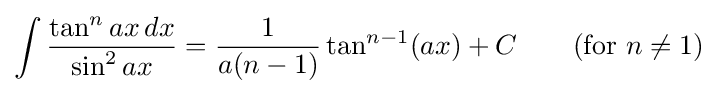
\int {\frac {\tan ^{n}ax\,dx}{\sin ^{2}ax}}={\frac {1}{a(n-1)}}\tan ^{n-1}(ax)+C\qquad {\mbox{(for }}n\neq 1{\mbox{)}}